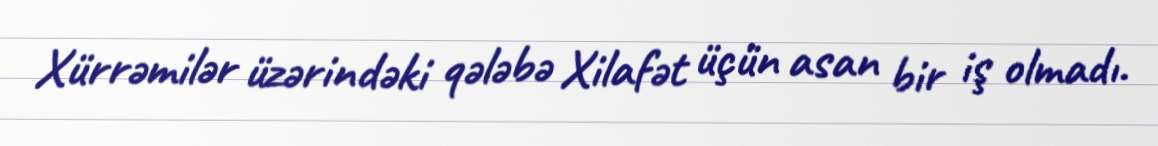
Xürrəmilər üzərindəki qələbə Xilafət üçün asan bir iş olmadı.